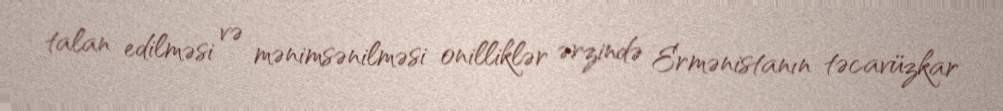
talan edilməsi və mənimsənilməsi onilliklər ərzində Ermənistanın təcavüzkar